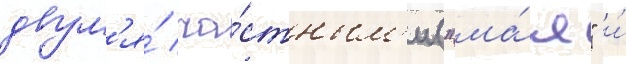
двум'я́ ча́стным'и ("ма́я" и́